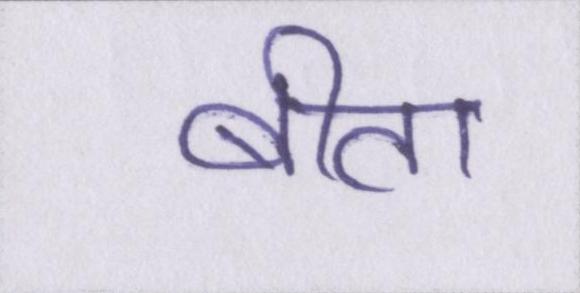
बीता